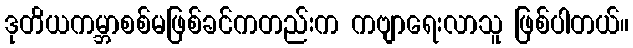
ဒုတိယကမ္ဘာစစ်မဖြစ်ခင်ကတည်းက ကဗျာရေးလာသူ ဖြစ်ပါတယ်။